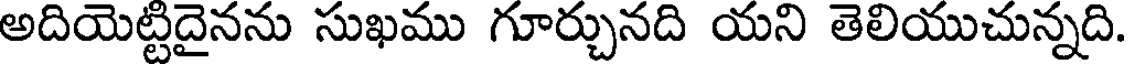
అదియెట్టిదైనను సుఖము గూర్చునది యని తెలియుచున్నది